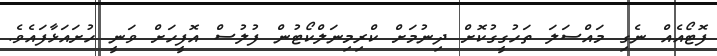
ފޮޓޯއެއް ނެގި މައްސަލަ ތަހުގީގުކޮށް ދިނުމަށް ކްރިމިނަލްކޯޓުން ފުލުސް އޮފީހަށް ވަނީ ހުށައަޅާފައެވެ.